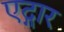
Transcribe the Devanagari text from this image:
एद्गार